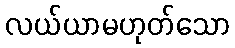
လယ်ယာမဟုတ်သော